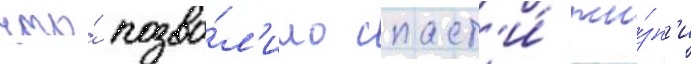
что́ позво́л'ило спаст'и́ жи́зн'и